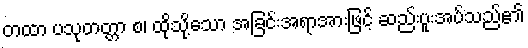
တထာ ပသုတတ္တာ စ၊ ထိုသို့သော အခြင်းအရာအားဖြင့် ဆည်းပူးအပ်သည်၏